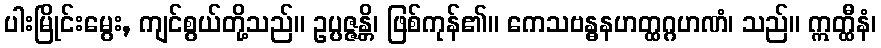
ပါးမြိုင်းမွေး, ကျင်စွယ်တို့သည်။ ဥပ္ပဇ္ဇန္တိ၊ ဖြစ်ကုန်၏။ ကေသဗန္ဓနဟတ္ထဂ္ဂဟဏံ၊ သည်။ ဣတ္ထီနံ၊